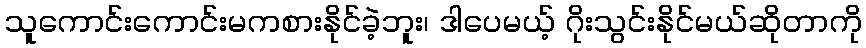
သူကောင်းကောင်းမကစားနိုင်ခဲ့ဘူး၊ ဒါပေမယ့် ဂိုးသွင်းနိုင်မယ်ဆိုတာကို